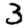
Digit: 3